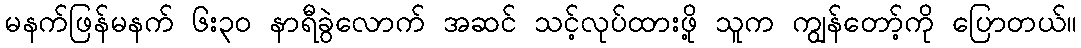
မနက်ဖြန်မနက် ၆း၃ဝ နာရီခွဲလောက် အဆင် သင့်လုပ်ထားဖို့ သူက ကျွန်တော့်ကို ပြောတယ်။